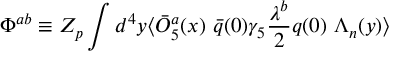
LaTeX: \Phi ^ { a b } \equiv Z _ { p } \int d ^ { 4 } y \langle \bar { O } _ { 5 } ^ { a } ( x ) \ \bar { q } ( 0 ) \gamma _ { 5 } { \frac { \lambda ^ { b } } { 2 } } q ( 0 ) \ \Lambda _ { n } ( y ) \rangle